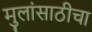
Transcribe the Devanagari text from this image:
मुलांसाठीचा